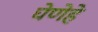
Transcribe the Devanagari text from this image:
घेणेहे